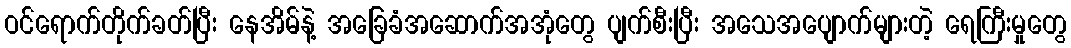
ဝင်ရောက်တိုက်ခတ်ပြီး နေအိမ်နဲ့ အခြေခံအဆောက်အအုံတွေ ပျက်စီးပြီး အသေအပျောက်များတဲ့ ရေကြီးမှုတွေ